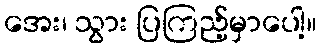
အေး၊ သွား ပြကြည့်မှာပေါ့။